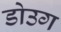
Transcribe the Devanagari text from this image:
डोउग